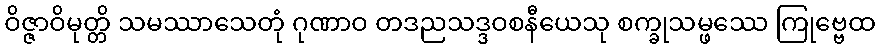
ဝိဇ္ဇာဝိမုတ္တိ သမဿာသေတုံ ဂုဏာဝ တဒညသဒ္ဒဝစနီယေသု စက္ခုသမ္ဖဿေ ကြုဗ္ဗေထ